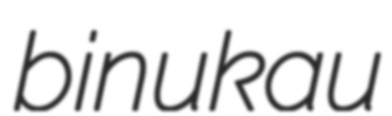
binukau